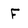
Character: F